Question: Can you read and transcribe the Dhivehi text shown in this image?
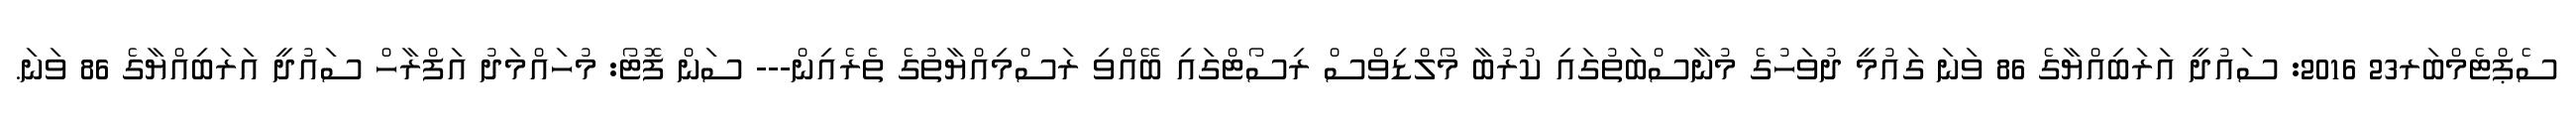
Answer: ސެޕްޓެމްބަރ23 2016: ސައުދީ އަރަބިއްޔާގެ 86 ވަނަ ގައުމީ ދުވަހުގެ މުނާސްބަތުގައި ކުރުބާ މޯލްޑިވްސް ރިސޯޓްގައި ބޭއްވި ރަސްމިއްޔާތުގެ ތެރެއިން--- ސަން ފޮޓޯ: މުހައްމަދު އަފްރާހް ސައުދީ އަރަބިއްޔާގެ 86 ވަނަ.